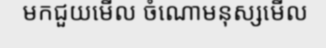
មកជួយមើល ចំណោមនុស្សមើល